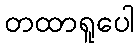
တထာရူပေါ